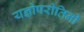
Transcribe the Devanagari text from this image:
यज्ञोपरीतिनी